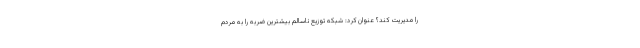
را مدیریت کند؟ عنوان کرد: شبکه توزیع ناسالم بیشترین ضربه را به مردم